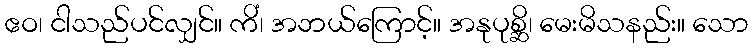
ဧဝ၊ ငါသည်ပင်လျှင်။ ကိံ၊ အဘယ်ကြောင့်။ အနုပုစ္ဆိ၊ မေးမိသနည်း။ သော